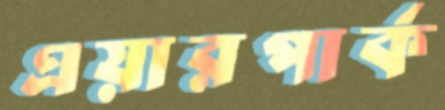
এয়ারপার্ক